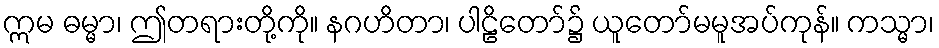
ဣမ ဓမ္မာ၊ ဤတရားတို့ကို။ နဂဟိတာ၊ ပါဠိတော်၌ ယူတော်မမူအပ်ကုန်။ ကသ္မာ၊